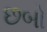
છબો